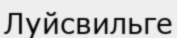
Луйсвильге